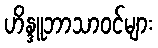
ဟိန္ဒူဘာသာဝင်များ